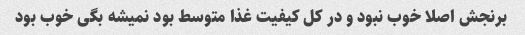
برنجش اصلا خوب نبود و در کل کیفیت غذا متوسط بود نمیشه بگی خوب بود